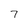
Character: 7